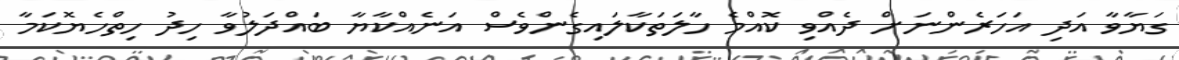
ގަޔާވާ އަދި އަހަރެންނަށް ދެއްވި ކޮއްމެ ހާލަތަކާލައިގެންވެސް އަނެއްކާޔާ ބައްދަލުވާ ހިދު ހިތްހެޔޮކަމާ